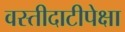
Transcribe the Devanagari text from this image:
वस्तीदाटीपेक्षा